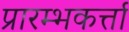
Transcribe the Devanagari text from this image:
प्रारम्भकर्त्ता